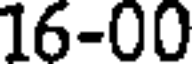
16-00